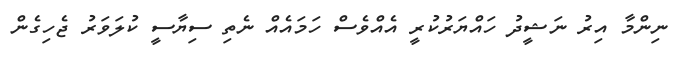
ނިންމާ އިރު ނަޝީދު ހައްޔަރުކުރީ އެއްވެސް ހަމައެއް ނެތި ސިޔާސީ ކުލަވަރު ޖެހިގެން